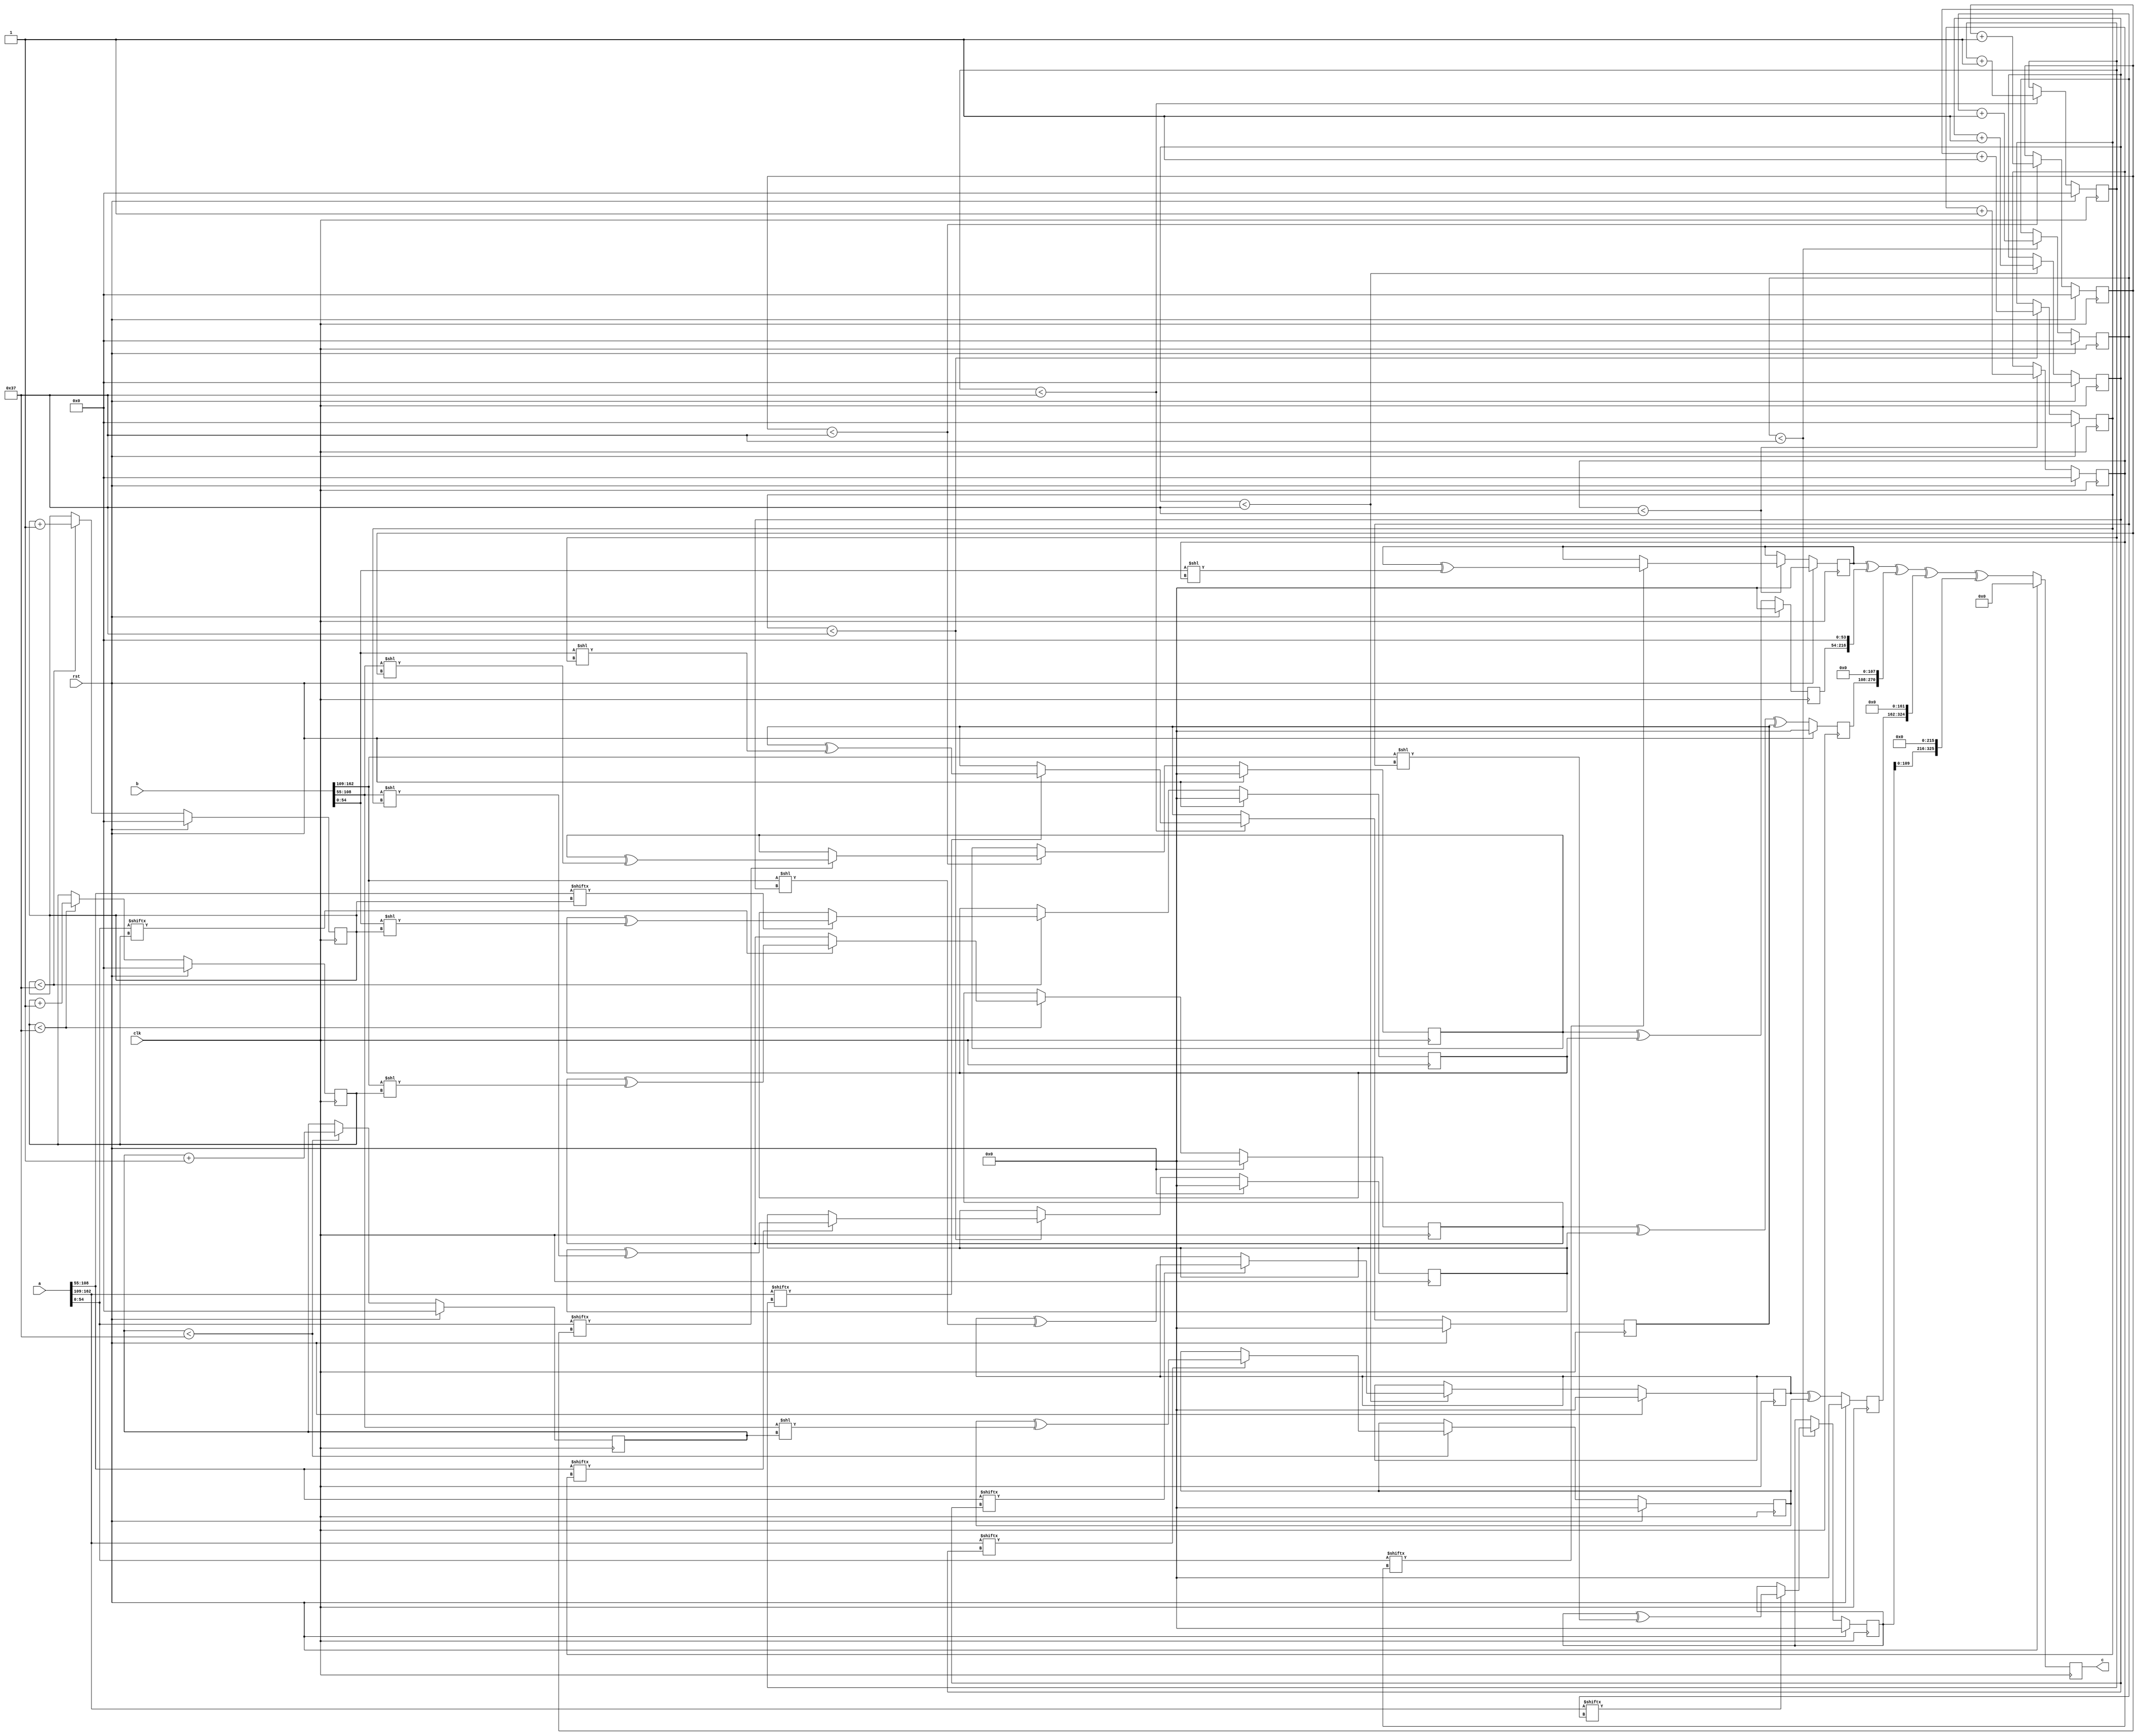
// TalTech large integer multiplier library
// Multiplier type: three_way_toom_cook
// Parameters: 163 163 1
// Target tool: genus
// Counters deceleration for each step of 3-Way TCM multiplier
// To store intermediate multiplication results of 3-Way TCM multiplier
module three_way_toom_cook(clk, rst, a, b, c);
input clk;
input rst;
input [162:0] a;
input [162:0] b;
output reg [325:0] c;

// Pipeline register declaration 
// no pipeline vars
// Wires declaration 
wire  [54:0] a0;
wire  [53:0] a1;
wire  [53:0] a2;
wire  [54:0] b0;
wire  [53:0] b1;
wire  [53:0] b2;

// Registers declaration 
reg  [53:0] counter_d;
reg  [53:0] counter_e1;
reg  [53:0] counter_e2;
reg  [53:0] counter_f1;
reg  [53:0] counter_f2;
reg  [53:0] counter_f3;
reg  [53:0] counter_g1;
reg  [53:0] counter_g2;
reg  [53:0] counter_h;
reg  [162:0] d;
reg  [162:0] e1_mul;
reg  [162:0] e2_mul;
reg  [162:0] e;
reg  [162:0] f1_mul;
reg  [162:0] f2_mul;
reg  [162:0] f3_mul;
reg  [162:0] f;
reg  [162:0] g1_mul;
reg  [162:0] g2_mul;
reg  [162:0] g;
reg  [162:0] h;
reg  [325:0] temp;

// Initial assignments to wires
assign a0 = a[54:0];
assign a1 = a[108:55];
assign a2 = a[162:109];
assign b0 = b[54:0];
assign b1 = b[108:55];
assign b2 = b[162:109];

// Step-1 of 3-Way TCM Multiplier
always @(posedge clk) begin
	if (rst) begin
		d <= 163'd0;
		counter_d <= 54'd0;
	end
	else if (counter_d < 55) begin
		if (a2[counter_d] == 1'b1) begin
			d <= d ^ (b2 << counter_d);
			counter_d <= counter_d + 1;
		end
		counter_d <= counter_d + 1;
	end
end

// Step-2 (Part-1) of 3-Way TCM Multiplier
always @(posedge clk) begin
	if (rst) begin
		e1_mul <= 163'd0;
		counter_e1 <= 54'd0;
	end
	else if (counter_e1 < 55) begin
		if (a1[counter_e1] == 1'b1) begin
			e1_mul <= e1_mul ^ (b2 << counter_e1);
			counter_e1 <= counter_e1 + 1;
		end
		counter_e1 <= counter_e1 + 1;
	end
end

// Step-2 (Part-2) of 3-Way TCM Multiplier
always @(posedge clk) begin
	if (rst) begin
		e2_mul <= 163'd0;
		counter_e2 <= 54'd0;
	end
	else if (counter_e2 < 55) begin
		if (a2[counter_e1] == 1'b1) begin
			e2_mul <= e2_mul ^ (b1 << counter_e2);
			counter_e2 <= counter_e2 + 1;
		end
		counter_e2 <= counter_e2 + 1;
	end
end

// Step-2 (Part-3) of 3-Way TCM Multiplier
always @(posedge clk) begin
	if (rst) begin
		e <= 163'd0;
	end
	else begin
		e <= e1_mul ^ e2_mul; 
	end
end

// Step-3 (Part-1) of 3-Way TCM Multiplier
always @(posedge clk) begin
	if (rst) begin
		f1_mul <= 163'd0;
		counter_f1 <= 54'd0;
	end
	else if (counter_f1 < 55) begin
		if (a0[counter_f1] == 1'b1) begin
			f1_mul <= f1_mul ^ (b2 << counter_f1);
			counter_f1 <= counter_f1 + 1;
		end
		counter_f1 <= counter_f1 + 1;
	end
end

// Step-3 (Part-2) of 3-Way TCM Multiplier
always @(posedge clk) begin
	if (rst) begin
		f2_mul <= 163'd0;
		counter_f2 <= 54'd0;
	end
	else if (counter_f2 < 55) begin
		if (a1[counter_f2] == 1'b1) begin
			f2_mul <= f2_mul ^ (b1 << counter_f2);
			counter_f2 <= counter_f2 + 1;
		end
		counter_f2 <= counter_f2 + 1;
	end
end

// Step-3 (Part-3) of 3-Way TCM Multiplier
always @(posedge clk) begin
	if (rst) begin
		f3_mul <= 163'd0;
		counter_f3 <= 54'd0;
	end
	else if (counter_f3 < 55) begin
		if (a2[counter_f3] == 1'b1) begin
			f3_mul <= f3_mul ^ (b0 << counter_f3);
			counter_f3 <= counter_f3 + 1;
		end
		counter_f3 <= counter_f3 + 1;
	end
end

// Step-3 (Part-4) of 3-Way TCM Multiplier
always @(posedge clk) begin
	if (rst) begin
		f <= 163'd0;
	end
	else begin
		f <= f1_mul ^ f2_mul ^ f3_mul; 
	end
end

// Step-4 (Part-1) of 3-Way TCM Multiplier
always @(posedge clk) begin
	if (rst) begin
		g1_mul <= 163'd0;
		counter_g1 <= 54'd0;
	end
	else if (counter_g1 < 55) begin
		if (a0[counter_g1] == 1'b1) begin
			g1_mul <= g1_mul ^ (b1 << counter_g1);
			counter_g1 <= counter_g1 + 1;
		end
		counter_g1 <= counter_g1 + 1;
	end
end

// Step-4 (Part-2) of 3-Way TCM Multiplier
always @(posedge clk) begin
	if (rst) begin
		g2_mul <= 163'd0;
		counter_g2 <= 54'd0;
	end
	else if (counter_g2 < 55) begin
		if (a1[counter_g2] == 1'b1) begin
			g2_mul <= g2_mul ^ (b0 << counter_g2);
			counter_g2 <= counter_g2 + 1;
		end
		counter_g2 <= counter_g2 + 1;
	end
end

// Step-4 (Part-3) of 3-Way TCM Multiplier
always @(posedge clk) begin
	if (rst) begin
		g <= 163'd0;
	end
	else begin
		g <= g1_mul ^ g2_mul; 
	end
end

// Step-5 of 3-Way TCM Multiplier
always @(posedge clk) begin
	if (rst) begin
		h <= 163'd0;
		counter_h <= 54'd0;
	end
	else if (counter_h < 55) begin
		if (a0[counter_h] == 1'b1) begin
			h <= h ^ (b0 << counter_h);
			counter_h <= counter_h + 1;
		end
	counter_h <= counter_h + 1;
	end
end

// Step-6 of 3-Way TCM Multiplier
always @(posedge clk) begin
	if (rst) begin
		temp = 326'd0;
		c = 326'd0;
	end
	else begin
		temp = h;
		temp = temp ^ (g << 54);
		temp = temp ^ (f << 108);
		temp = temp ^ (e << 162);
		temp = temp ^ (d << 216);
		c = temp;
	end
end
endmodule